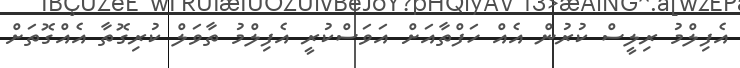
އެފިލްމު ރިލީސް ކުރުން އެއް ހަފްތާއަށް އަވަސްކުރީ އެފިލްމު ތާވަލް ކުރިގޮތާ އެއްގޮތަށް